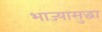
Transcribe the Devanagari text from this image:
भाज्यासुद्धा